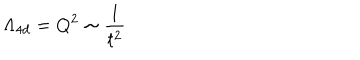
\Lambda _ { 4 d } = Q ^ { 2 } \sim \frac { 1 } { t ^ { 2 } }